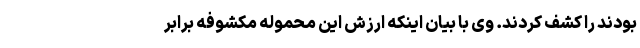
بودند را کشف کردند. وی با بیان اینکه ارزش این محموله مکشوفه برابر